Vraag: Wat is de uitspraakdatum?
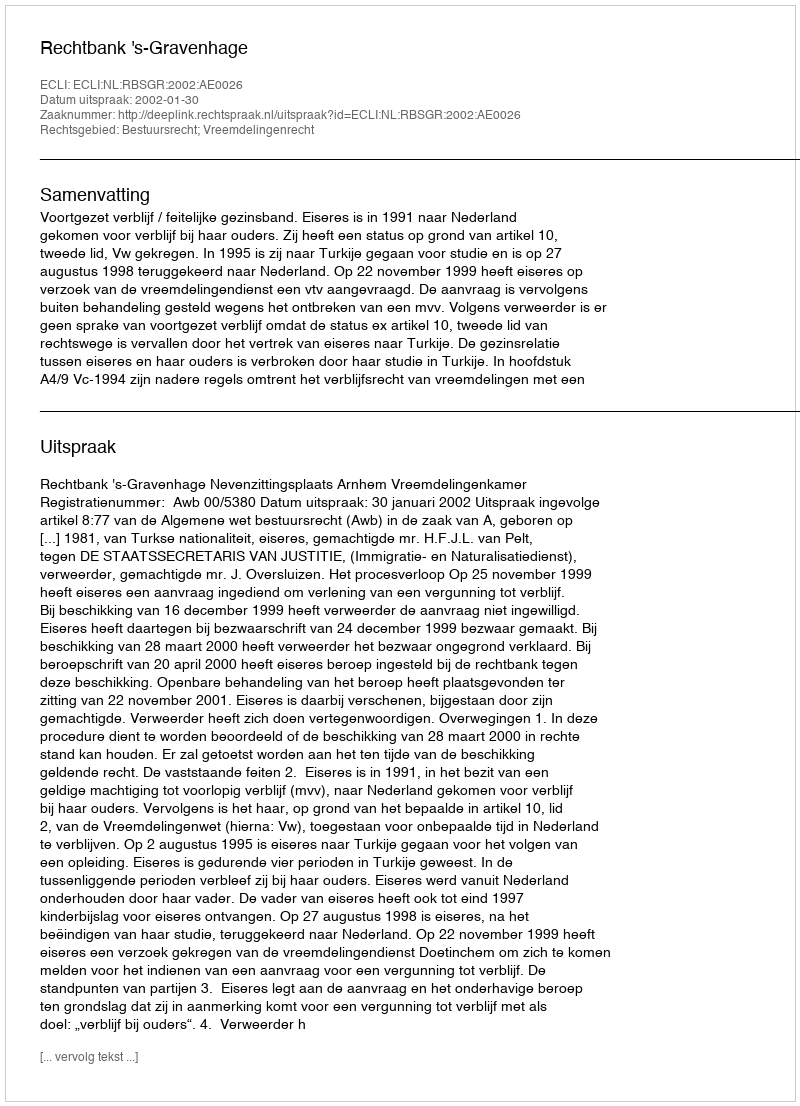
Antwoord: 2002-01-30